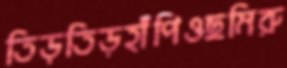
তিড়তিড়হাঁপিওছমিরু